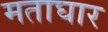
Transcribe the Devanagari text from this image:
मताघार